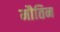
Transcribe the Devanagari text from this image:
मौतिन